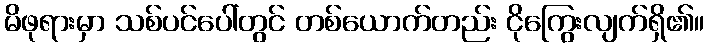
မိဖုရားမှာ သစ်ပင်ပေါ်တွင် တစ်ယောက်တည်း ငိုကြွေးလျက်ရှိ၏။